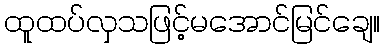
ထူထပ်လှသဖြင့်မအောင်မြင်ချေ။